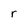
Character: r